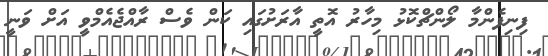
ފިނިފެންމާ ލޯންޗްކޮޅު މިހާރު އޮތީ އާރަށުގައި ކަން ވެސް ރާއްޖެއެމްވީ އަށް ވަނީ